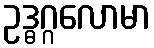
ဥဒ္ဓဂ္ဂလောမာ